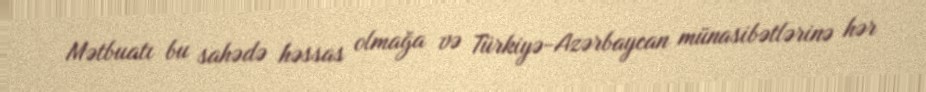
Mətbuatı bu sahədə həssas olmağa və Türkiyə-Azərbaycan münasibətlərinə hər